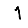
Digit: 1